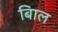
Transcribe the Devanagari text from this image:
बािल